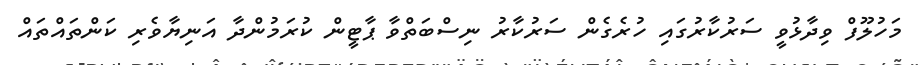
މަހުލޫފް ވިދާޅުވީ ސަރުކާރުގައި ހުރެގެން ސަރުކާރު ނިސްބަތްވާ ޕާޓީން ކުރަމުންދާ އަނިޔާވެރި ކަންތައްތައް